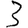
Digit: 3